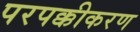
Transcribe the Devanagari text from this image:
परपक्कीकरण